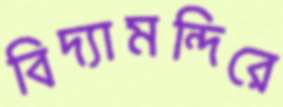
বিদ্যামন্দিরে